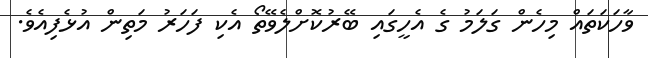
ވާހަކަތައް މިހެން ގަލަމު ގެ އެހީގައި ބޭރުކޮށްލެވޭތޯ އެކި ފަހަރު މަތިން އުޅެފިއެވެ.